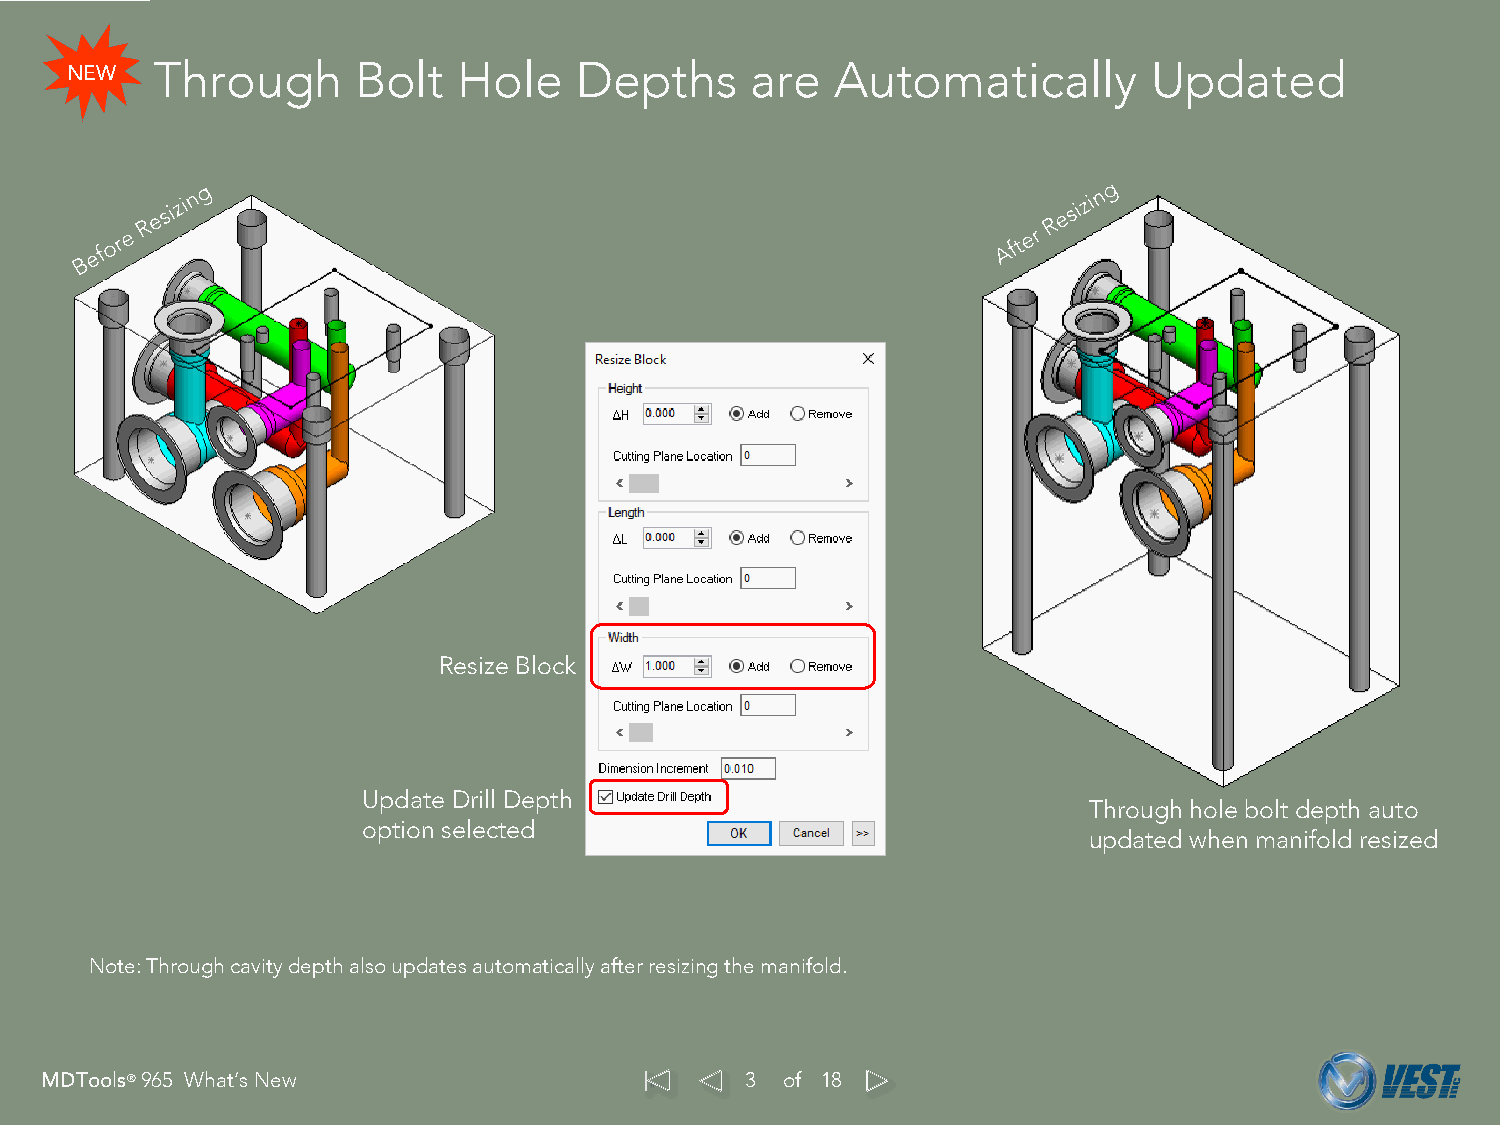
Through       Bolt  Hole    Depths      are  Automatically        Updated
 NEW
 Resize Block
 Update Drill Depth
 Through hole bolt depth auto
 option selected
 updated when manifold resized
 Note: Through cavity depth also updates automatically after resizing the manifold.
 MDTools®965 What’s New                        3  of 18